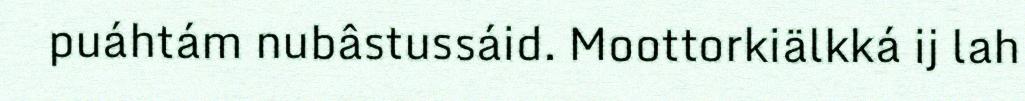
puáhtám nubâstussáid. Moottorkiälkká ij lah